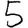
Digit: 5